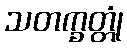
သတက္ခတ္တုံ